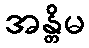
အန္တိမ